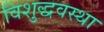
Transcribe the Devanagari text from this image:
विशुद्धवस्था